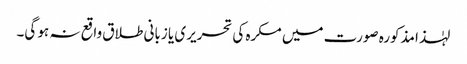
لہٰذا مذکورہ صورت میں مکرہ کی تحریری یا زبانی طلاق واقع نہ ہو گی۔